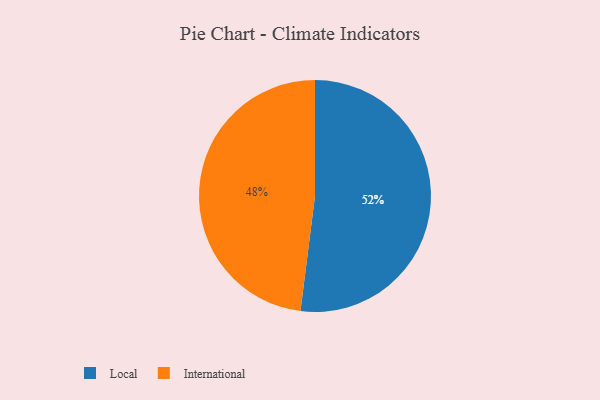
{"axis": {"x": "Category", "y": "Percentage"}, "legend": ["International", "Local"], "data": [{"x": "International", "y": 48, "type": "International"}, {"x": "Local", "y": 52, "type": "Local"}]}